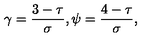
\gamma = \frac { 3 - \tau } { \sigma } , \psi = \frac { 4 - \tau } { \sigma } , \,